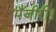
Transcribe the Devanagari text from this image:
पँजीरी।